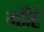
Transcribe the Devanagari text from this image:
माँहि